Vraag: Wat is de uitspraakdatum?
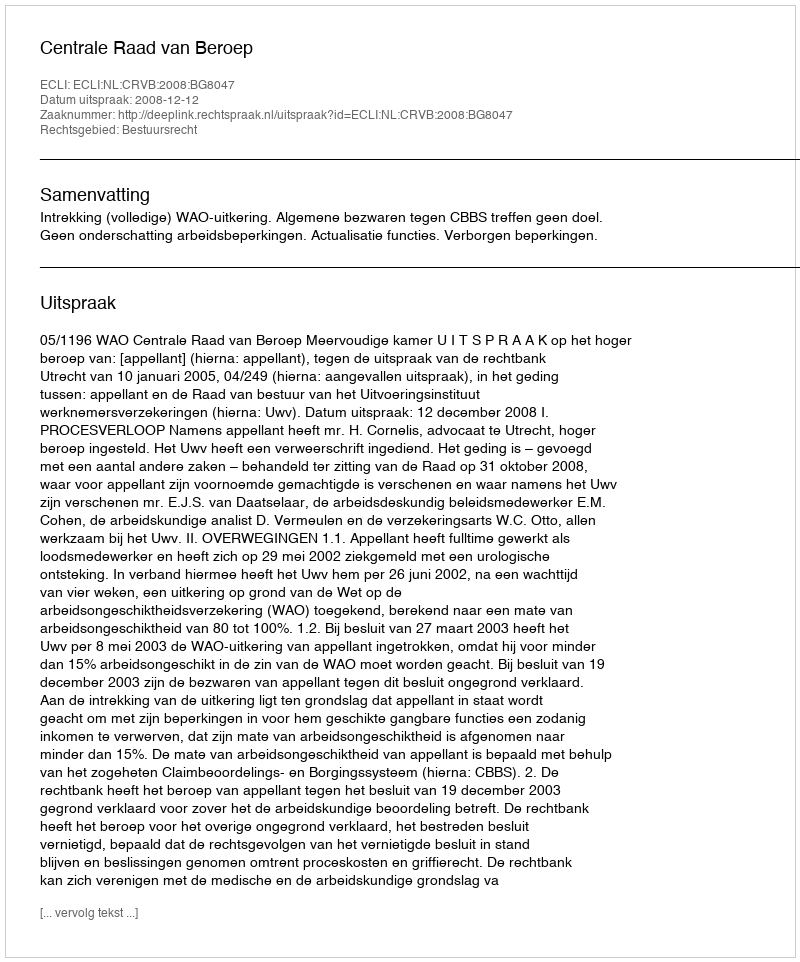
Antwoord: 2008-12-12